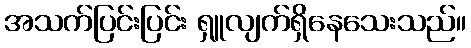
အသက်ပြင်းပြင်း ရှူလျက်ရှိနေသေးသည်။